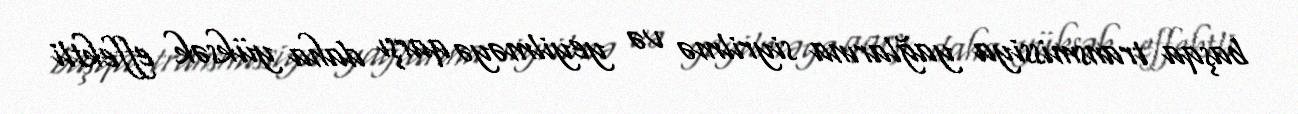
başqa transmissiya yağlarına siyrilmə və yeyilməyə qarşı daha yüksək effektli